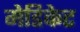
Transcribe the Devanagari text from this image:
मेडिकेट